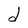
Character: d